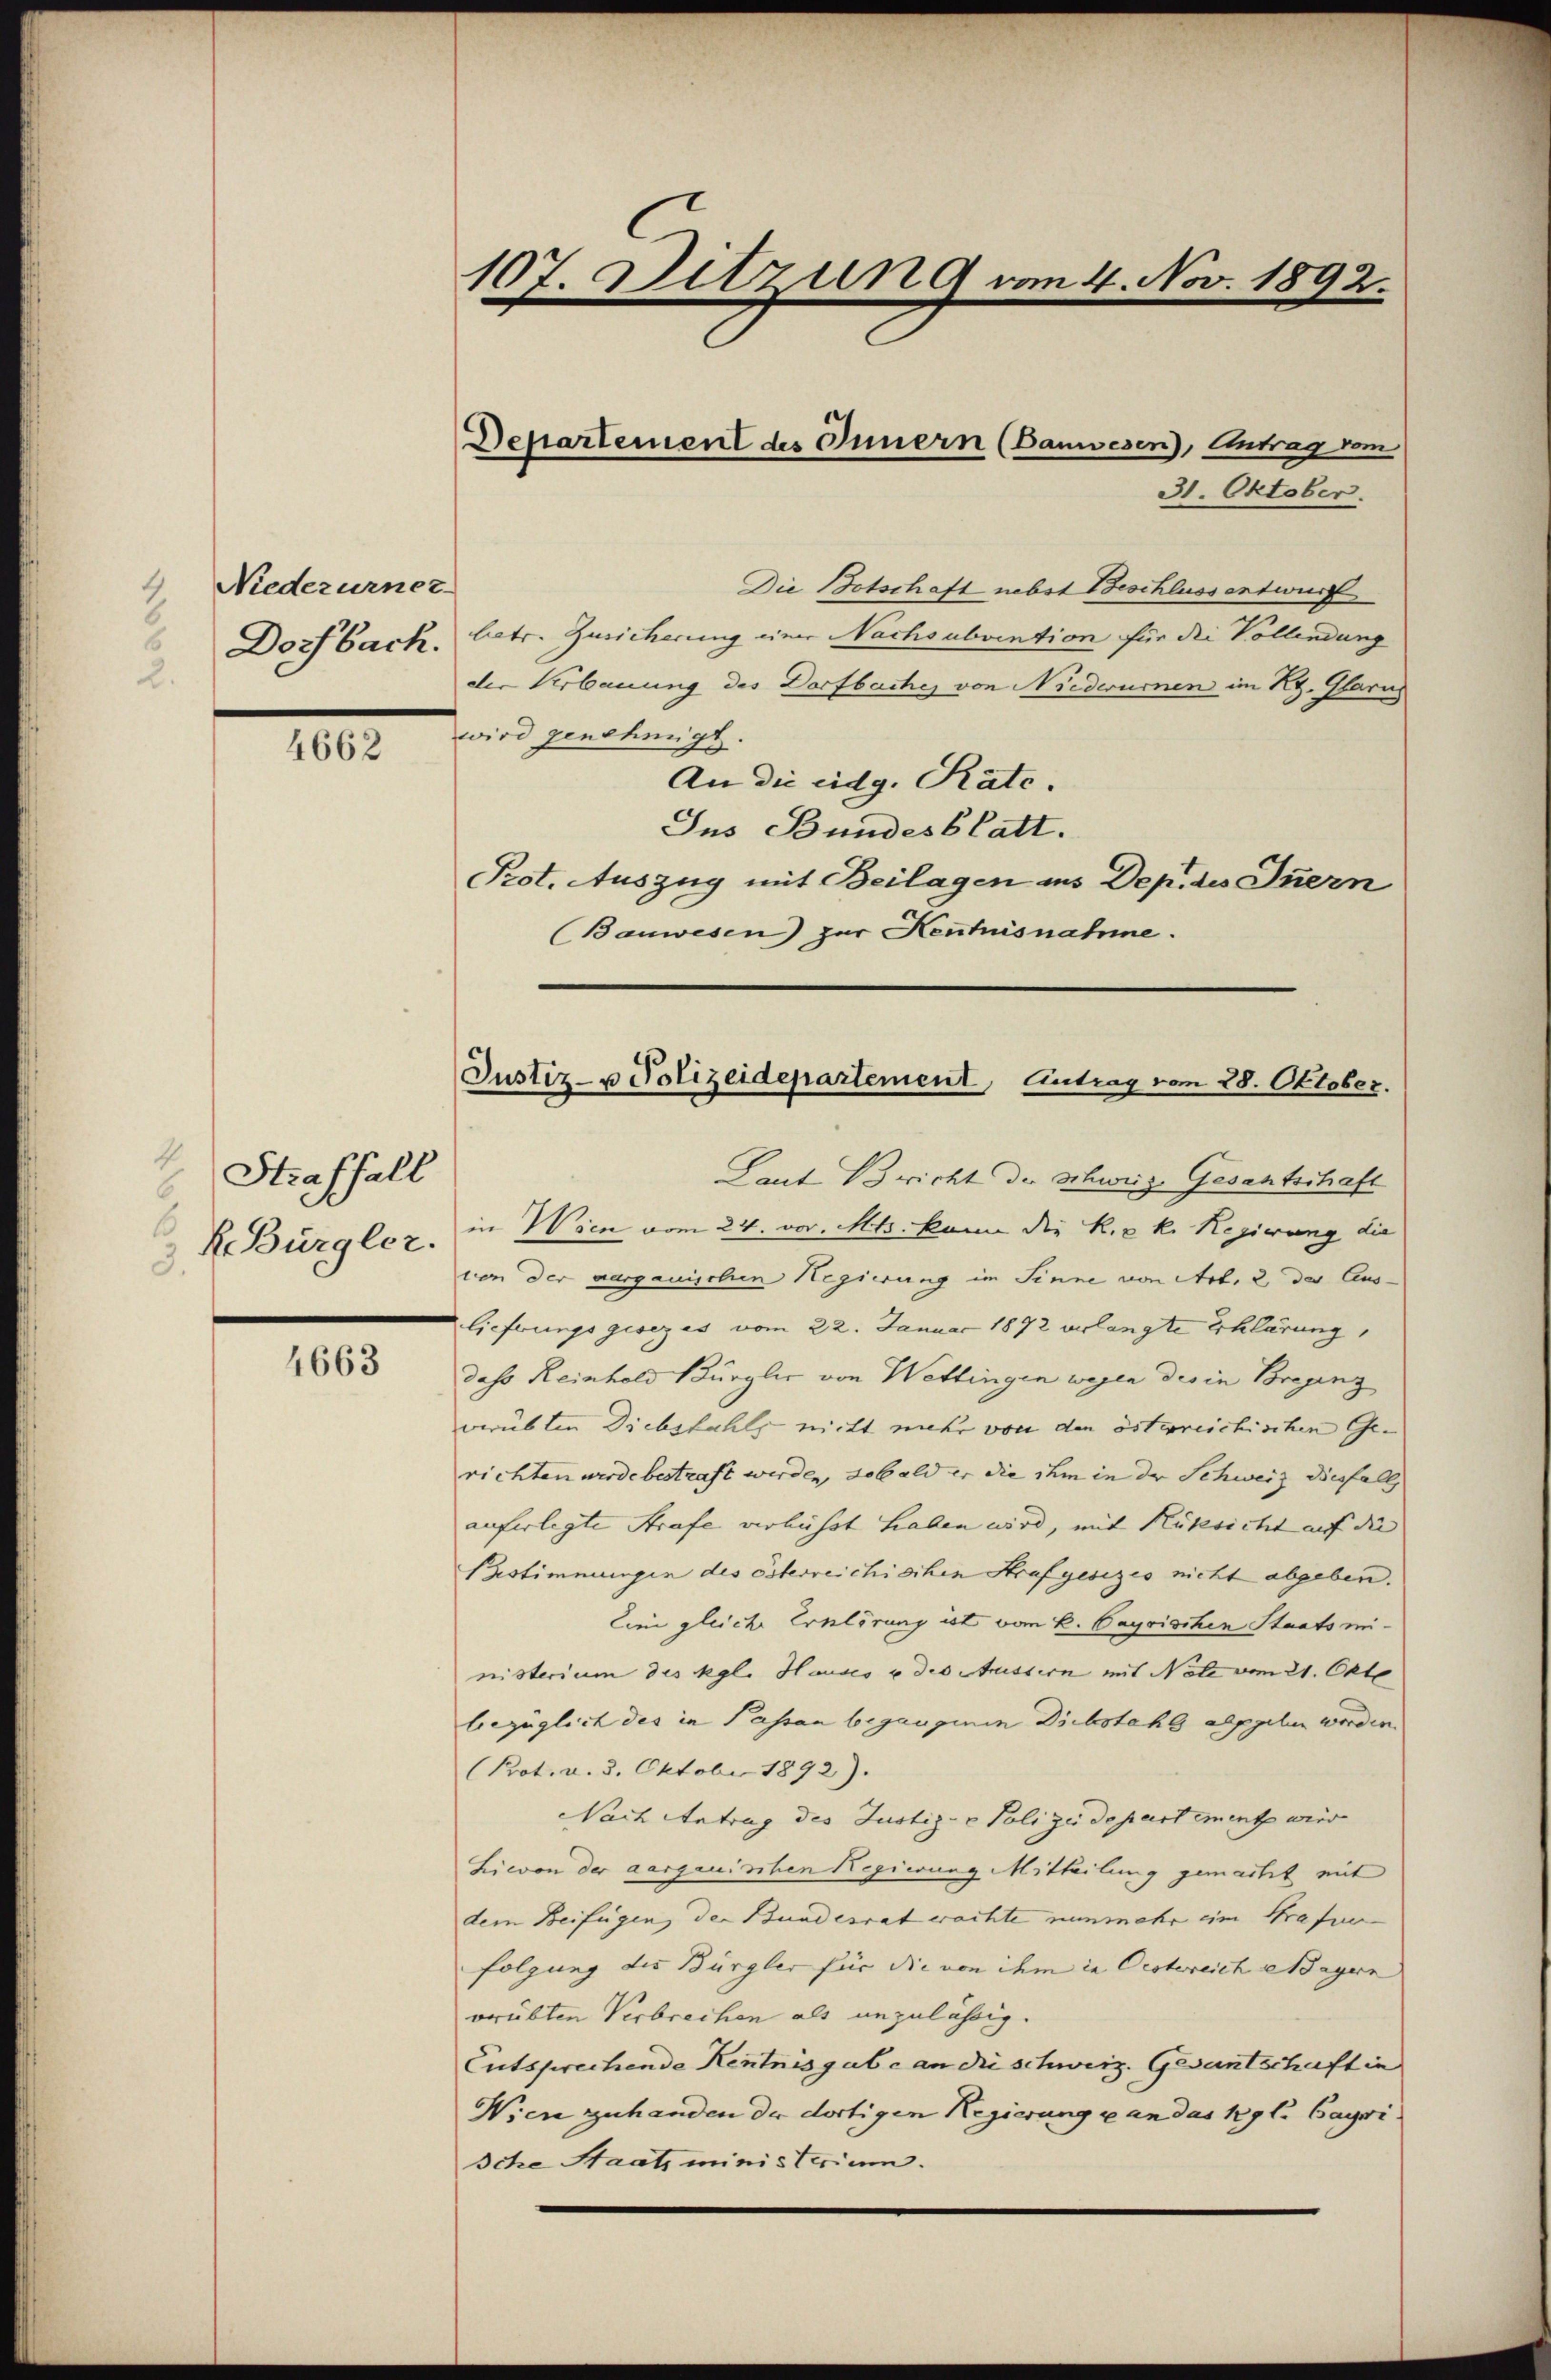
Niederurner-
Dorfbach.

4662

Straffall
H. Bürgler.

4663

107. Ditzung vom 4. Nov. 1892.

Die Botschaft nebst Beschlussentwurf
betr. Zusicherung einer Nachsubvention für die Vollendung
der Erbauung des Dorfbaches von Niederurnen im Kg. Glarus
wird genehmigt
An die eidg. Rate.
Ins Bundesblatt.
Prot. Auszug mit Beilagen ins Dep. des Innern
(Bauwesen) zur Henhusnahme.

Departement des Innern (Bauwesen), Antrag vom
31. Oktober.

Justiz- u Polizeidepartement, Eintrag vom 28. Oktober.

Laut Bericht der Schweiz. Gesantschaft
in Wien vom 24. vor. Mts. kann die k. k. Regierung die
von der aargauischen Regierung im Sinne von Art. 2, der Auslieferungsgesezes vom 22. Januar 1872 verlangte Erklärung,
das Reinhold Bürgler von Wettingen wegen des in Bregenz
verübten Diebstahls nicht mehr von den österreichischen Gerichten werde bestraft werden, sobald er die ihm in der Schweiz diesfall
auferlegte Strafe verbüsst haben wird, mit Rüksicht auf die
Bestimmungen des österreichischen Strafgesezes nicht abgeben.
Lini gleiche Erklärung ist vom k. Payrischen Staatsministerium des Kgl. Hauses u des Aussern mit Note vom 21. Okto
bezüglich des in Passan begangenen Diebstahl alppeln worden.
(Prot. v. 3. Oktober 1892).
Nach Antrag des Justiz- & Polizeidepartement wird
Lievon der aargauischen Regierung Mitteilung gemacht mit
dem Beifügen der Bundesrat erachte nunmehr ein Strafurfolgung des Bürgler für die von ihm in Oestereich sagen
verübten Verbrechen als unzulässig.
Entsprechende Kentnisgabe an die schweiz. Gesantschaft in
Wien zuhanden der dortigen Regierung u an das Kgl. Cayri
Iche Staat, ministerium.